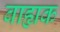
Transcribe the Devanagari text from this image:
बाह्यक